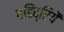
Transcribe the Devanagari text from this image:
षडिंद्रियें